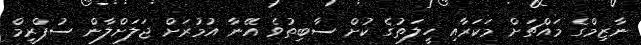
ނާޒިމްގެ މައްޗަށް މަކަރާއި ހީލަތުގެ ކުށް ސާބިތުވެ އޭނާ އުމުރަށް ޖަލަށްލާން ސުޕްރީމް